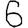
Digit: 6